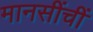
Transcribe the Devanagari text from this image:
मानसींचीं